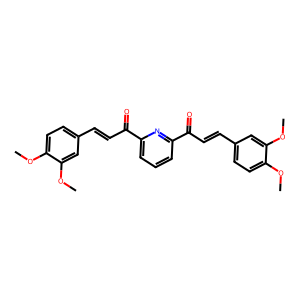
SMILES: COc1ccc(C=CC(=O)c2cccc(C(=O)C=Cc3ccc(OC)c(OC)c3)n2)cc1OC
Inhibits HIV replication: No